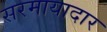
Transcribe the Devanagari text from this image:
सरमायादार